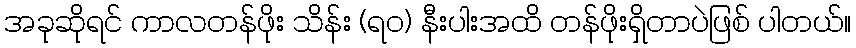
အခုဆိုရင် ကာလတန်ဖိုး သိန်း (ရဝ) နီးပါးအထိ တန်ဖိုးရှိတာပဲဖြစ် ပါတယ်။